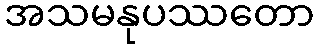
အသမနုပဿတော